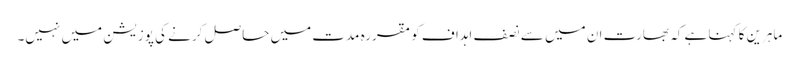
ماہرین کا کہنا ہے کہ بھارت ان میں سے نصف اہداف کو مقررہ مدت میں حاصل کرنے کی پوزیشن میں نہیں۔